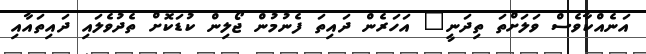
އަނެއްކާވެސް ވަލަށްތަ ތިދަނީ" އަހަރެން ދައިތަ ފެނުމުން ޖޯލިން ކުޑަކޮށް ތެދުވެލައި ދައިތައާއި